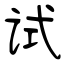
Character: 试